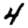
Digit: 4